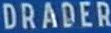
DRADER